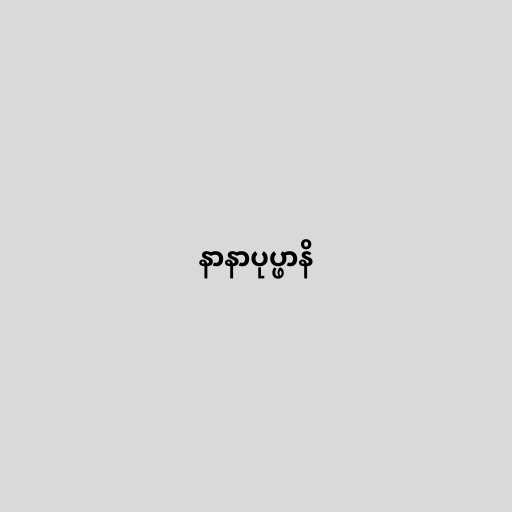
နာနာပုပ္ဖာနိ